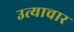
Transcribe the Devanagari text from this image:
उत्याचार